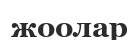
жоолар